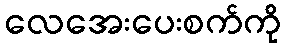
လေအေးပေးစက်ကို